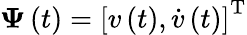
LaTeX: \boldsymbol{\Psi}\left(t\right)=\left[v\left(t\right),\dot{v}\left(t\right)\right]^{\mathrm{T}}